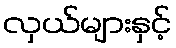
လှယ်များနှင့်